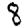
Digit: 8